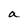
Character: a